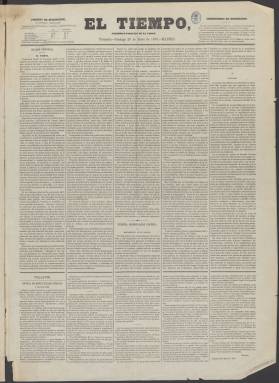
Título: El Tiempo (Madrid. 1870)
Colección: Periódicos
Ámbito geográfico: Madrid
Lugar de publicación: Madrid
Fechas: 23/01/1870-30/04/1883